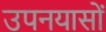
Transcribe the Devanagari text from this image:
उपनयासों